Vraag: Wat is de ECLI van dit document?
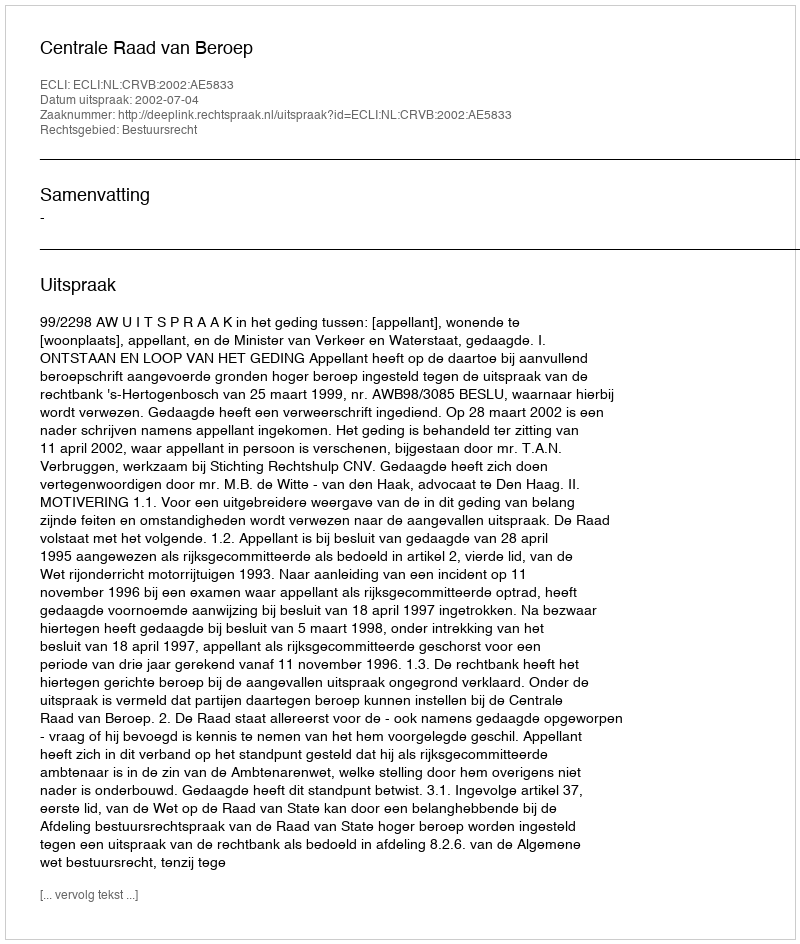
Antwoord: ECLI:NL:CRVB:2002:AE5833